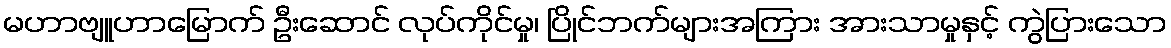
မဟာဗျူဟာမြောက် ဦးဆောင် လုပ်ကိုင်မှု၊ ပြိုင်ဘက်များအကြား အားသာမှုနှင့် ကွဲပြားသော